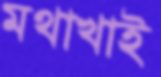
মথাখাই